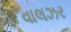
વાલઝર